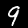
Label: 9